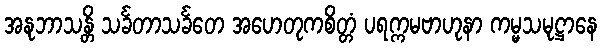
အနုဘာသန္တိ သင်္ခတာသင်္ခတေ အဟေတုကစိတ္တံ ပရက္ကမဗာဟုနာ ကမ္မသမုဋ္ဌာနေ